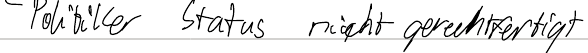
Politiker Status nicht gerechtfertigt